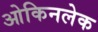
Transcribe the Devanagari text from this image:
ओकिनलेक